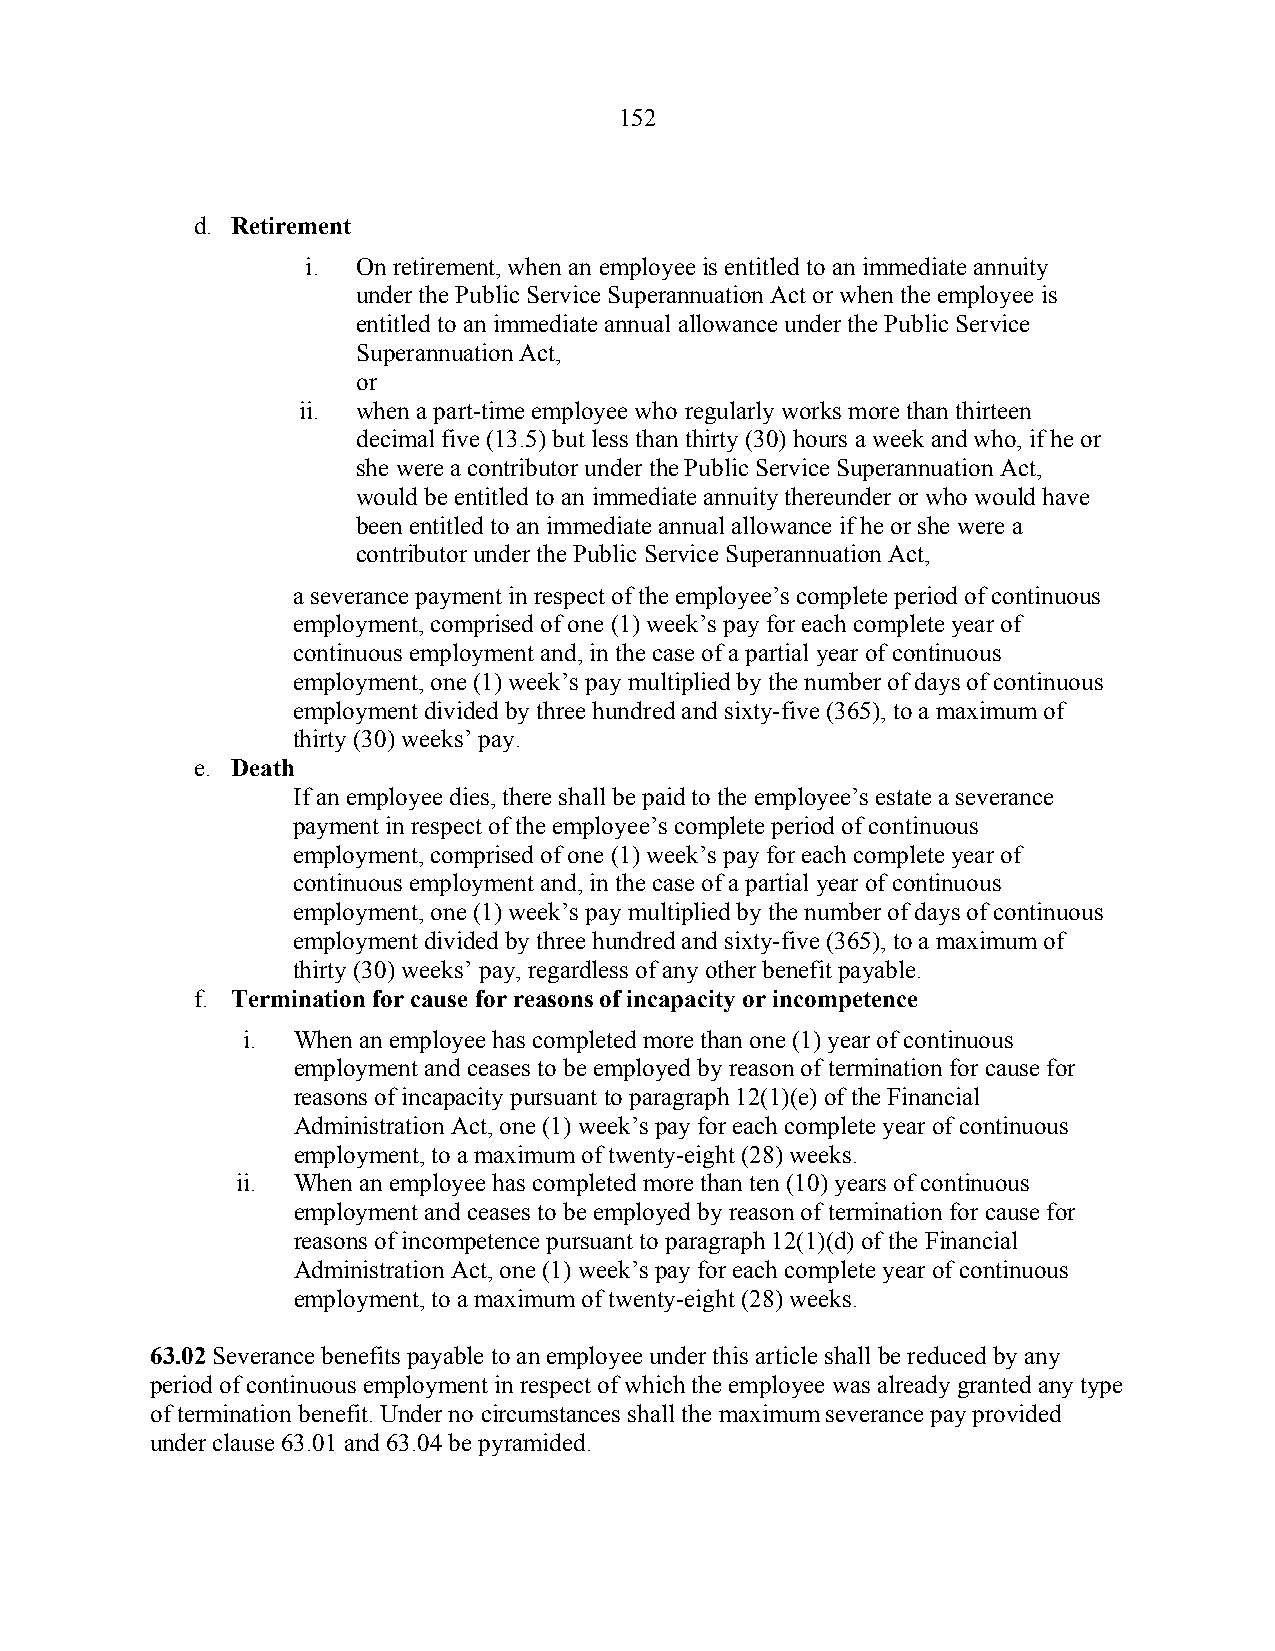
152
 d. Retirement
 i.  On retirement, when an employee is entitled to an immediate annuity
 under the Public Service Superannuation Act or when the employee is
 entitled to an immediate annual allowance under the Public Service
 Superannuation Act,
 or
 ii. when a part-time employee who regularly works more than thirteen
 decimal five (13.5) but less than thirty (30) hours a week and who, if he or
 she were a contributor under the Public Service Superannuation Act,
 would be entitled to an immediate annuity thereunder or who would have
 been entitled to an immediate annual allowance if he or she were a
 contributor under the Public Service Superannuation Act,
 a severance payment in respect of the employee’s complete period of continuous
 employment, comprised of one (1) week’s pay for each complete year of
 continuous employment and, in the case of a partial year of continuous
 employment, one (1) week’s pay multiplied by the number of days of continuous
 employment divided by three hundred and sixty-five (365), to a maximum of
 thirty (30) weeks’ pay.
 e. Death
 If an employee dies, there shall be paid to the employee’s estate a severance
 payment in respect of the employee’s complete period of continuous
 employment, comprised of one (1) week’s pay for each complete year of
 continuous employment and, in the case of a partial year of continuous
 employment, one (1) week’s pay multiplied by the number of days of continuous
 employment divided by three hundred and sixty-five (365), to a maximum of
 thirty (30) weeks’ pay, regardless of any other benefit payable.
 f. Termination for cause for reasons of incapacity or incompetence
 i. When an employee has completed more than one (1) year of continuous
 employment and ceases to be employed by reason of termination for cause for
 reasons of incapacity pursuant to paragraph 12(1)(e) of the Financial
 Administration Act, one (1) week’s pay for each complete year of continuous
 employment, to a maximum of twenty-eight (28) weeks.
 ii. When an employee has completed more than ten (10) years of continuous
 employment and ceases to be employed by reason of termination for cause for
 reasons of incompetence pursuant to paragraph 12(1)(d) of the Financial
 Administration Act, one (1) week’s pay for each complete year of continuous
 employment, to a maximum of twenty-eight (28) weeks.
 63.02 Severance benefits payable to an employee under this article shall be reduced by any
 period of continuous employment in respect of which the employee was already granted any type
 of termination benefit. Under no circumstances shall the maximum severance pay provided
 under clause 63.01 and 63.04 be pyramided.